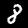
Label: 8